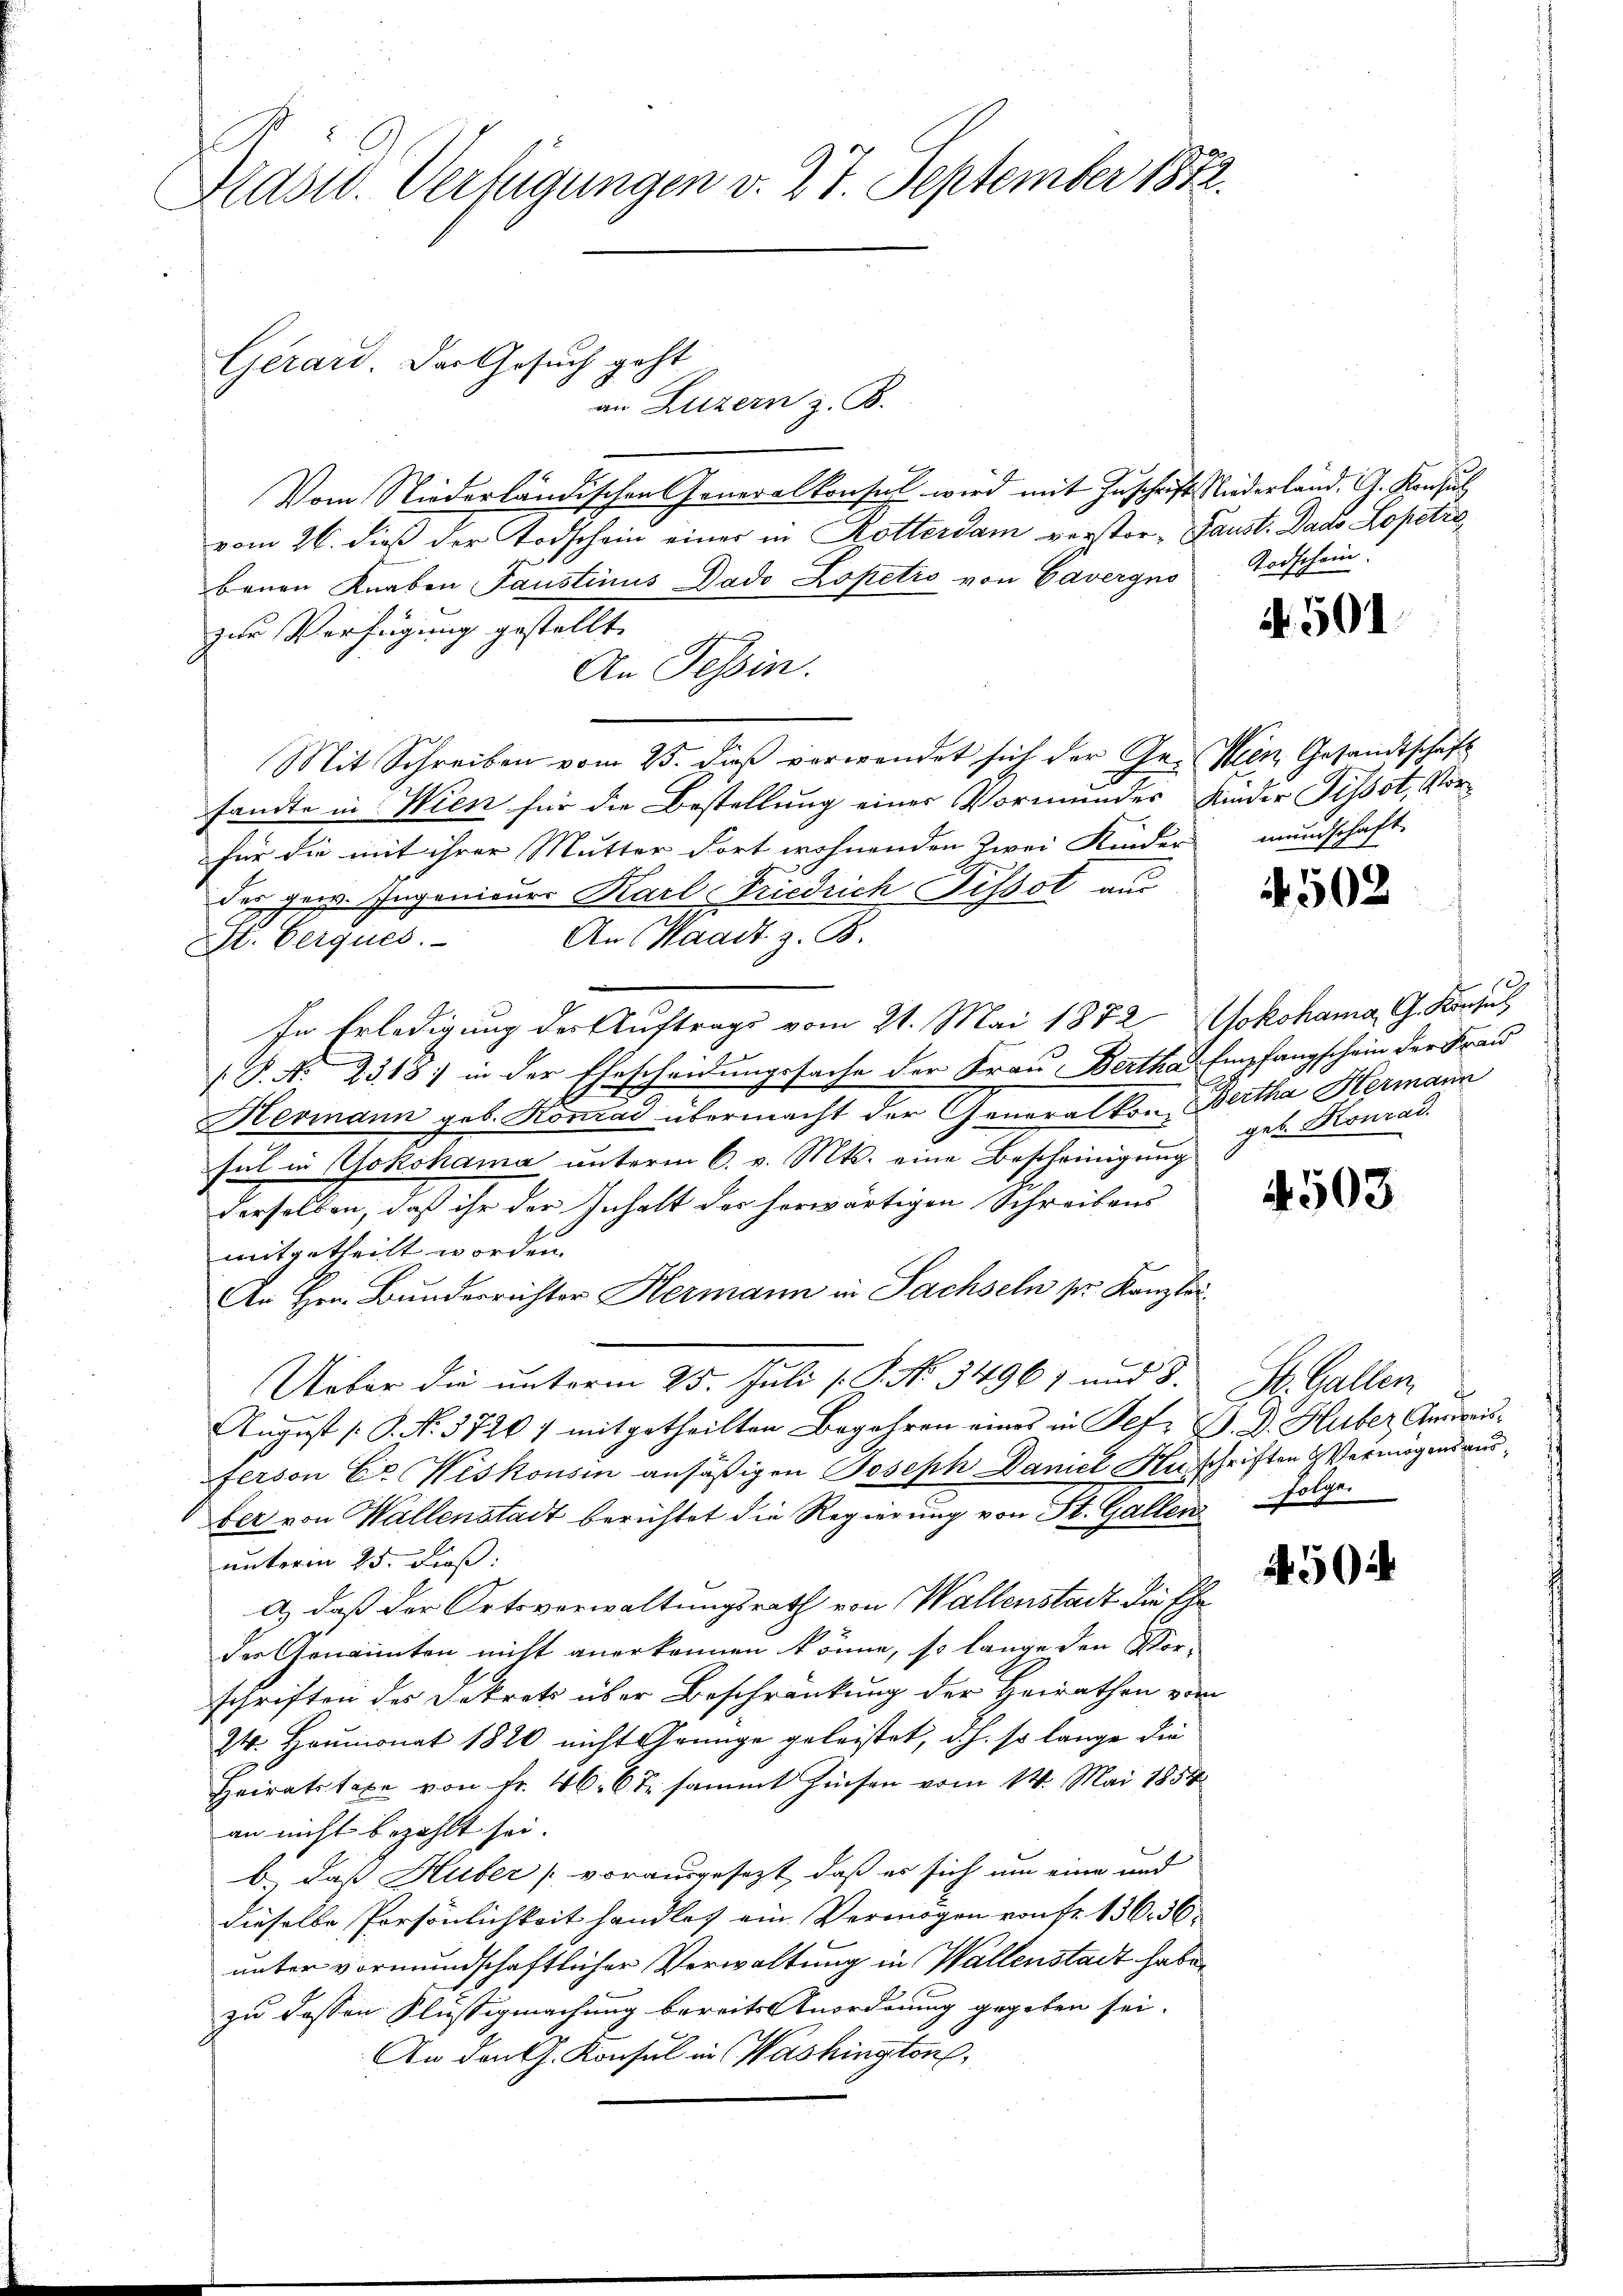
Aast. Verfügungen v. 27. September 1882.

Gerard. Das Gesuch geht

an Luzern z. B.
Vom Niederländischen Generalkonsul wird mit Zuschrift Niederland. G. Konsul
vom 26. dieß der Todschein einer in Rotterdam verstor- Paust. Dado Kopetra
bauen Knaben Faustinus Dado Lopetio von Cavergno
zur Verfügung gestellt.
An Tessin.
Mit Schreiben vom 25. dieß verwendet sich der Gr. Wien Gesandtschaft
sandte in Wien für die Bestellung einer Vormundes Kinder Tissot, Vorfür die mit ihrer Mutter dort wohnenden Zwei Kinder mundschaft
der gew. Ingenieur Karl Friedrich Tissot aus
An (Waadt z. B.
St. Gerques.
In Erledigung der Auftrags vom 21. Mai 1872 Nokohama, G. Konsul
P. Nr. 2318; in der Ehescheidungssache der Frau Bertha Empfangschein der Frau
Hermann geb. Konrad übermacht der Generalkon Bertha Hermann
sul in Yokohama unterm 6. v. Mts. eine Bescheinigung
derselben, daß ihr der Inhalt des herwärtigen Schreibens
mitgetheilt worden.
An Hrn. Bunderrichter Hermann in Sachseln pr. Kanzlei
Ueber die unterm 25. Juli [.P. No. 34961 und 8. St. Gallen
August [P. N. 3726) mitgetheilten Begehren eines in Befr P. D. Huber Ausreisferson C. Wiskonsin ansäßigen Joseph Daniel Ausschriften Vermögensausber von Wallenstadt berichtet die Regierung von St. Gallen
unterm 25. dieß:
a) daß der Ortsverwaltungsrath von Wallenstadt die Ehe
der Genannten nicht anerkennen könne, so lange den Vor-
schriften des Dekrets über Beschränkung der Heirathen vom
24. Heumonat 1820 nicht Grünge geleistet, d.h. so lange die
Heiratstaxe von Fr. 46. 6 t sammt Zinsen vom 14. Mai 1854
an nicht bezahlt sei.
b. daß Huber vorausgesezt, daß es sich um eine und
dieselbe Persönlichkeit handlos ein Vermögen von fr. 136. 36
unter vormundschaftlicher Verwaltung in Wallenstadt habe,
zu dessen Flüssigmachung bereits Anordnung gegeben sei.
An den Ch. Konsul in Washington,

Todschein.

A. 501.

4502

get. Konrad

4503

Folge.

4504